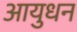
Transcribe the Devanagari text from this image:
आयुधन